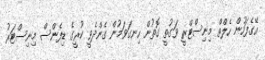
އޭގެފަހުން ހެލްތް މިނިސްޓްރީ ވަގުތީ ގޮތުން ހިނގަވަމުން ގެންދެވީ ކުރީގެ ޑިފެންސް މިނިސްޓަރު